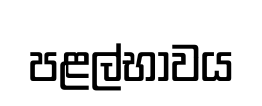
පළල්භාවය